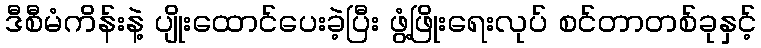
ဒီစီမံကိန်းနဲ့ ပျိုးထောင်ပေးခဲ့ပြီး ဖွံ့ဖြိုးရေးလုပ် စင်တာတစ်ခုနှင့်